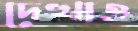
দেখাও